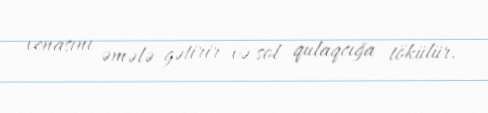
venasını əmələ gətirir və sol qulaqcığa tökülür.